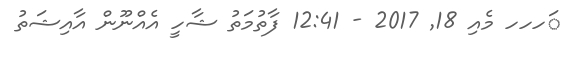
ަަަަހހހ މެއި 18